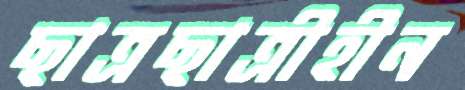
ছাত্রছাত্রীহীন